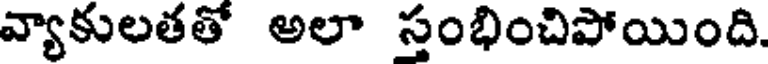
వ్యాకులతతో అలా స్తంభించిపోయింది.